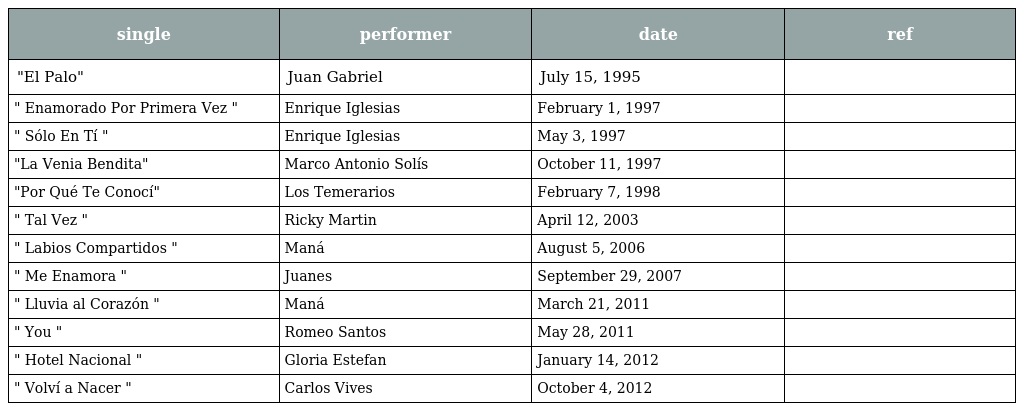
| single | performer | date | ref |
 | --- | --- | --- | --- |
 | "El Palo" | Juan Gabriel | July 15, 1995 |  |
 | " Enamorado Por Primera Vez " | Enrique Iglesias | February 1, 1997 |  |
 | " Sólo En Tí " | Enrique Iglesias | May 3, 1997 |  |
 | "La Venia Bendita" | Marco Antonio Solís | October 11, 1997 |  |
 | "Por Qué Te Conocí" | Los Temerarios | February 7, 1998 |  |
 | " Tal Vez " | Ricky Martin | April 12, 2003 |  |
 | " Labios Compartidos " | Maná | August 5, 2006 |  |
 | " Me Enamora " | Juanes | September 29, 2007 |  |
 | " Lluvia al Corazón " | Maná | March 21, 2011 |  |
 | " You " | Romeo Santos | May 28, 2011 |  |
 | " Hotel Nacional " | Gloria Estefan | January 14, 2012 |  |
 | " Volví a Nacer " | Carlos Vives | October 4, 2012 |  |